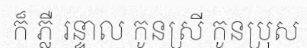
ក៏ ភ្លឺ រន្ទាល កូនស្រី កូនប្រុស